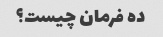
ده فرمان چیست؟